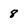
Character: 8